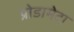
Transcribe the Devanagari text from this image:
प्रोडामेटा